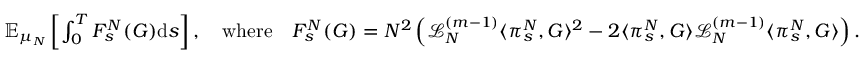
\begin{array} { r } { \mathbb { E } _ { \mu _ { N } } \left[ \int _ { 0 } ^ { T } F _ { s } ^ { N } ( G ) \mathrm { d } s \right] , \quad \mathrm { w h e r e } \quad F _ { s } ^ { N } ( G ) = N ^ { 2 } \left( \mathcal { L } _ { N } ^ { ( m - 1 ) } \langle \pi _ { s } ^ { N } , G \rangle ^ { 2 } - 2 \langle \pi _ { s } ^ { N } , G \rangle \mathcal { L } _ { N } ^ { ( m - 1 ) } \langle \pi _ { s } ^ { N } , G \rangle \right) . } \end{array}